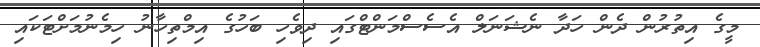
މީގެ އިތުރުން ދެން ހަދާ ނެޝަނަލް އެސެސްމަންޓްގައި ދިވެހި ބަހުގެ އިމްތިހާނު ހިމެނުމަށްޓަކައި